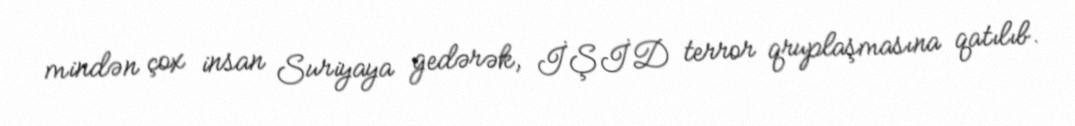
mindən çox insan Suriyaya gedərək, İŞİD terror qruplaşmasına qatılıb.